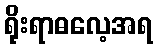
ရိုးရာဓလေ့အရ